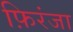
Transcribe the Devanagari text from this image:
फ़िरंजा